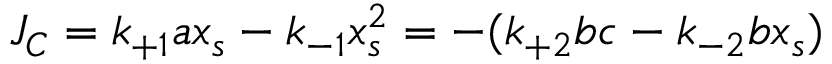
{ \cal J _ { C } } = k _ { + 1 } a x _ { s } - k _ { - 1 } x _ { s } ^ { 2 } = - ( k _ { + 2 } b c - k _ { - 2 } b x _ { s } )